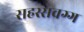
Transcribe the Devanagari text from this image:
सहस्सवग्ग